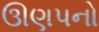
ઊણપનો